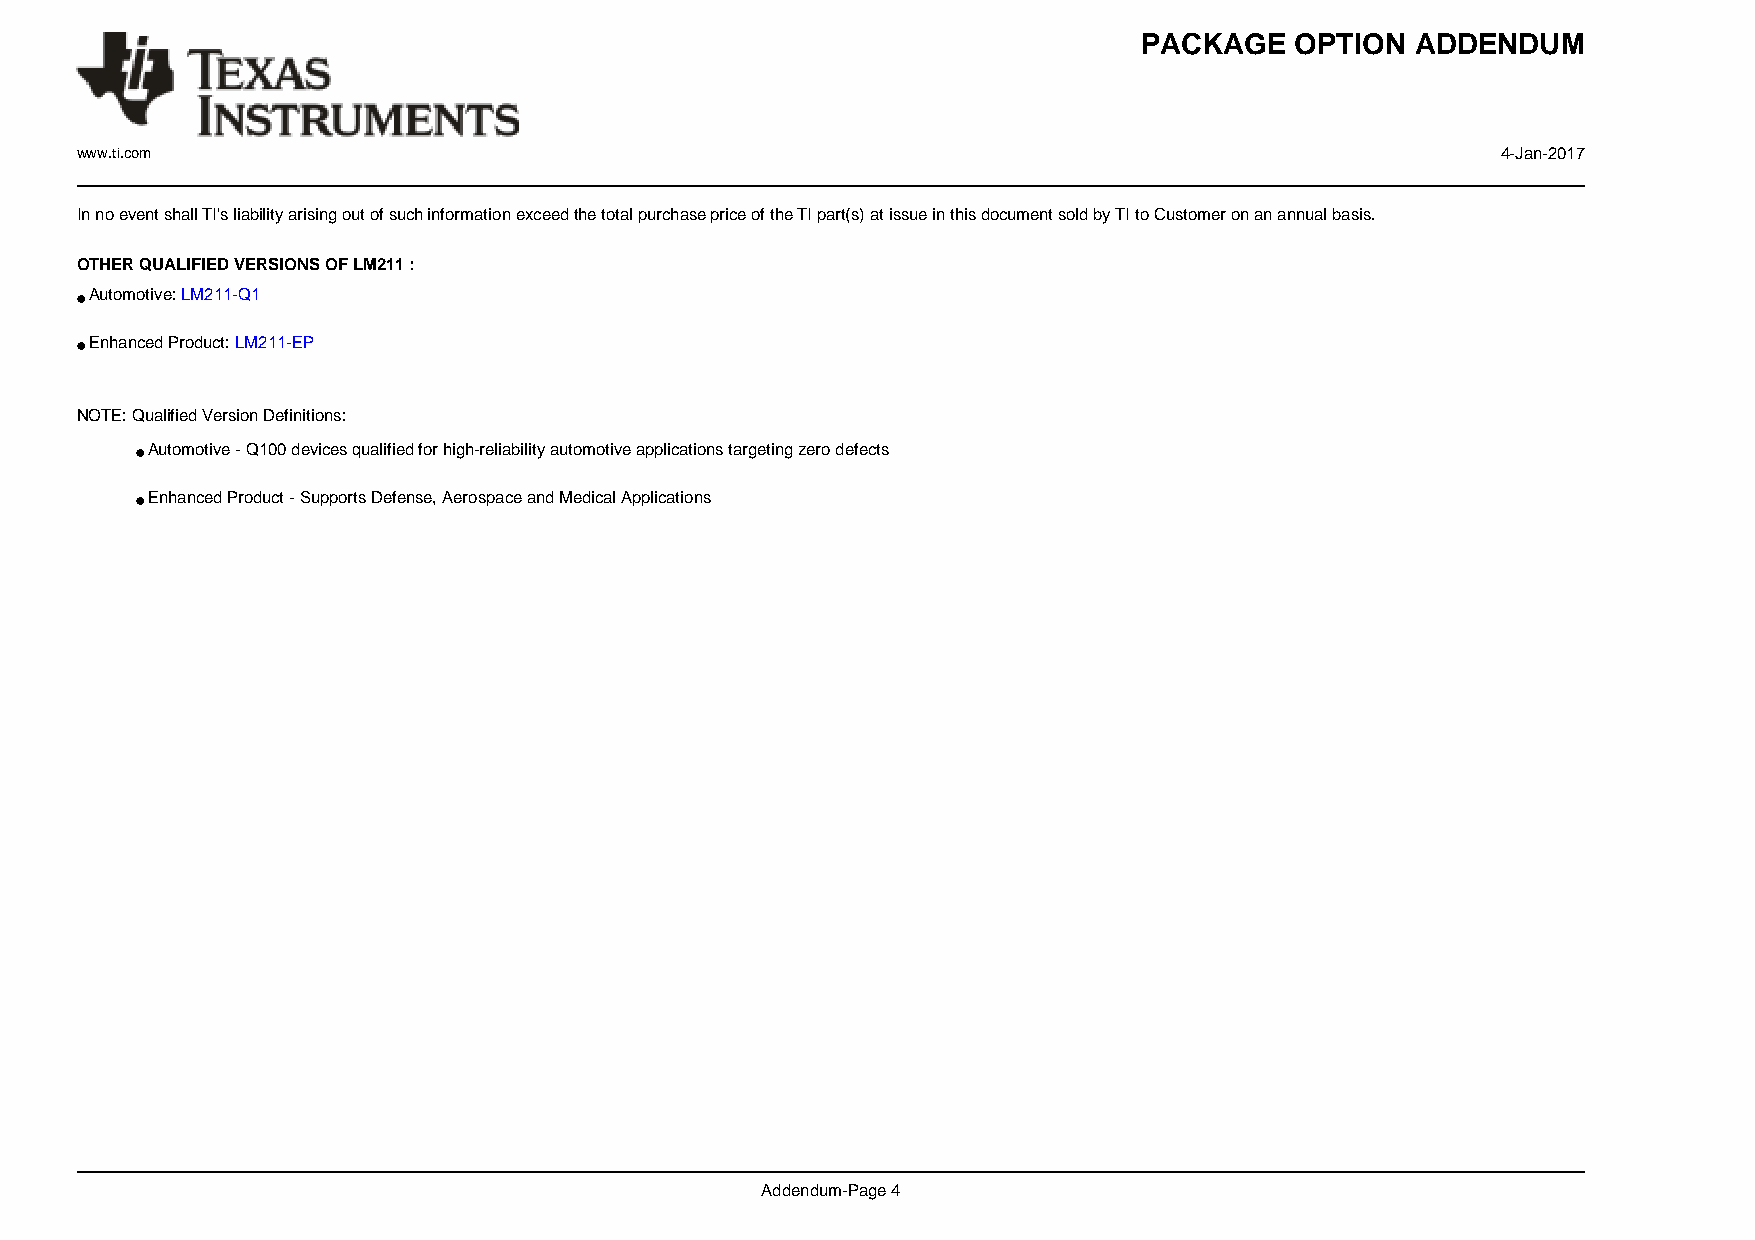
PACKAGE    OPTION  ADDENDUM
 www.ti.com                                                                                    4-Jan-2017
 In no event shall TI's liability arising out of such information exceed the total purchase price of the TI part(s) at issue in this document sold by TI to Customer on an annual basis.
 OTHER QUALIFIED VERSIONS OF LM211 :
 •Automotive: LM211-Q1
 •Enhanced Product: LM211-EP
 NOTE: Qualified Version Definitions:
 •Automotive - Q100 devices qualified for high-reliability automotive applications targeting zero defects
 •Enhanced Product - Supports Defense, Aerospace and Medical Applications
 Addendum-Page 4